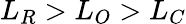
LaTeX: L_{R}>L_{O}>L_{C}